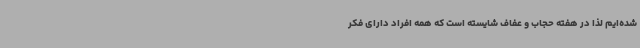
شده‌ایم لذا در هفته حجاب و عفاف شایسته است که همه افراد دارای فکر